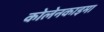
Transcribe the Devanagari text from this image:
कोलेनकाइमा